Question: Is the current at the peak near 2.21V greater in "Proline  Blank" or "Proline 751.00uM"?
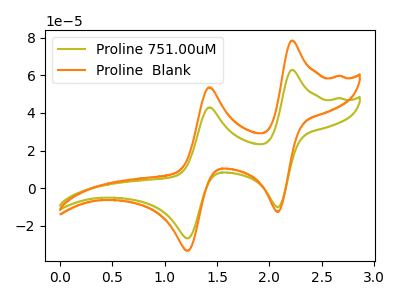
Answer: <think>The olive curve "Proline 751.00uM" has anodic peaks at (2.20V, 62.85uA) (1.45V, 43.00uA) and cathodic peaks at (2.10V, -10.05uA) (1.20V, -26.60uA). The orange curve "Proline  Blank" has anodic peaks at (2.20V, 78.40uA) (1.45V, 53.65uA) and cathodic peaks at (2.10V, -12.55uA) (1.20V, -33.20uA).</think>
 <answer>The peak at 2.21V is higher in "Proline  Blank" than in "Proline 751.00uM".</answer>
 <eval>higher</eval>